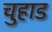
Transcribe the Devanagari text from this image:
चुहाड